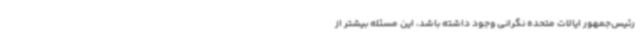
رئیس‌جمهور ایالات متحده نگرانی وجود داشته باشد، این مسئله بیشتر از